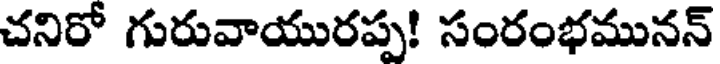
చనిరో గురువాయురప్ప! సంరంభమునన్